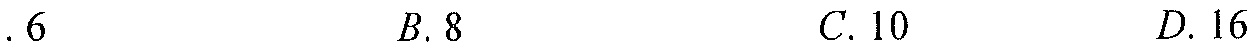
$.6\quad B.8\quad C.10\quad D.16$